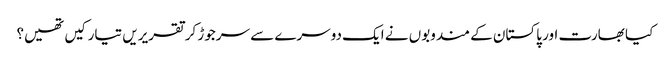
کیا بھارت اور پاکستان کے مندوبوں نے ایک دوسرے سے سرجوڑ کر تقریریں تیار کیں تھیں؟